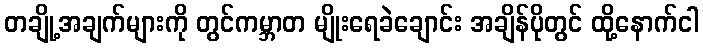
တချို့အချက်များကို တွင်ကမ္ဘာတ မျိုးရေခဲချောင်း အချိန်ပိုတွင် ထို့နောက်ငါ